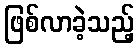
ဖြစ်လာခဲ့သည့်